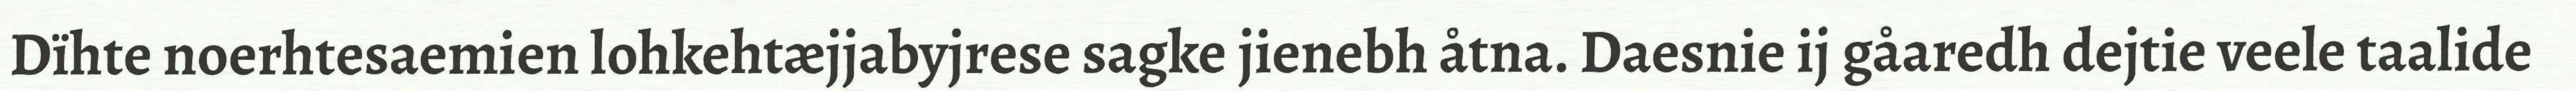
Dïhte noerhtesaemien lohkehtæjjabyjrese sagke jienebh åtna. Daesnie ij gåaredh dejtie veele taalide